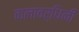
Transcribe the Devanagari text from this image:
कलावर्धिनी